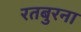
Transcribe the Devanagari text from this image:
रतबुरना